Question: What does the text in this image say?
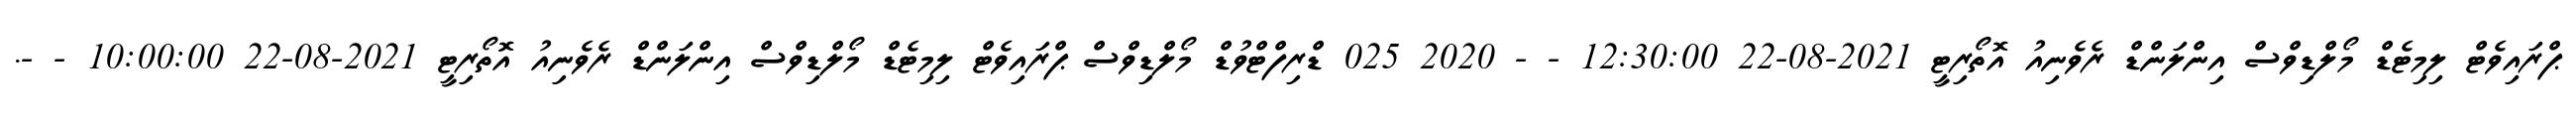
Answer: ޕްރައިވެޓް ލިމިޓެޑް މޯލްޑިވްސް އިންލަންޑް ރެވެނިއު އޮތޯރިޓީ 2021-08-22 12:30:00 - - 2020 025 ޑްރިފްޓްވުޑް މޯލްޑިވްސް ޕްރައިވެޓް ލިމިޓެޑް މޯލްޑިވްސް އިންލަންޑް ރެވެނިއު އޮތޯރިޓީ 2021-08-22 10:00:00 - -.